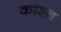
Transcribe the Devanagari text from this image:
काश्‍त